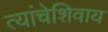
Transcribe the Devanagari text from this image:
त्यांचेशिवाय